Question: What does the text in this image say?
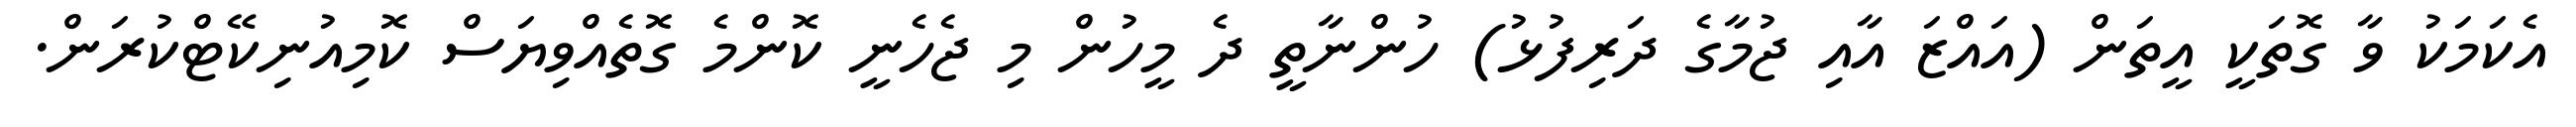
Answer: އެކަމަކު ވާ ގޮތަކީ އީތަން (އައްޒަ އާއި ޖުމާގެ ދަރިފުޅު) ހުންނާތީ ދެ މީހުން މި ޖެހެނީ ކޮންމެ ގޮތެއްވިޔަސް ކޮމިއުނިކޭޓްކުރަން.